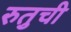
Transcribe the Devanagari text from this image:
रुतुची